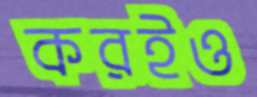
করইও